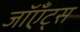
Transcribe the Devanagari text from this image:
जॉएँट्स